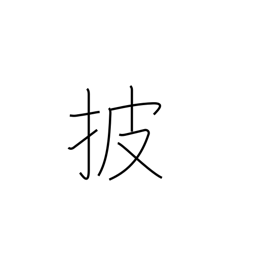
Meaning: expose